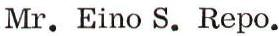
Mr. Eino S. Repo.